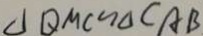
\Delta Q M C \sim \Delta C A B